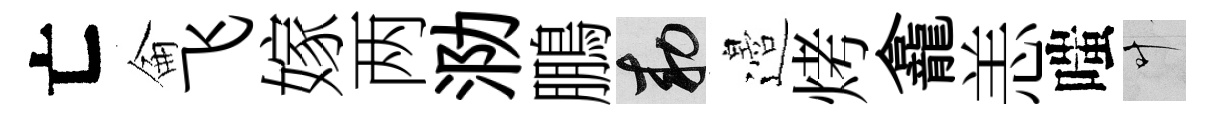
亡侖飞嫁两泐鵬敕邉烤龕恙嗤叶